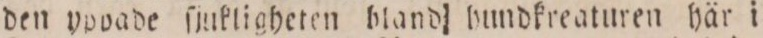
den ypdade ſjukligheten bland hundkreaturen här i